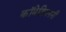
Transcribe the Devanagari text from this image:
कॉमेडियननी